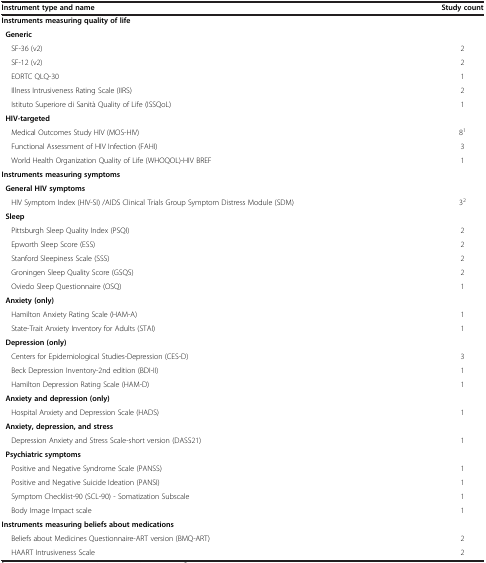
<table><thead><tr><td><b>Instrument type and name</b></td><td><b>Study count</b></td></tr></thead><tbody><tr><td><b>Instruments measuring quality of life</b></td><td> </td></tr><tr><td> <b>Generic</b></td><td> </td></tr><tr><td>SF-36 (v2)</td><td>2</td></tr><tr><td>SF-12 (v2)</td><td>2</td></tr><tr><td>EORTC QLQ-30</td><td>1</td></tr><tr><td>Illness Intrusiveness Rating Scale (IIRS)</td><td>2</td></tr><tr><td>Istituto Superiore di Sanità Quality of Life (ISSQoL)</td><td>1</td></tr><tr><td> <b>HIV-targeted</b></td><td> </td></tr><tr><td>Medical Outcomes Study HIV (MOS-HIV)</td><td>8<sup>1</sup></td></tr><tr><td>Functional Assessment of HIV Infection (FAHI)</td><td>3</td></tr><tr><td>World Health Organization Quality of Life (WHOQOL)-HIV BREF</td><td>1</td></tr><tr><td><b>Instruments measuring symptoms</b></td><td> </td></tr><tr><td> <b>General HIV symptoms</b></td><td> </td></tr><tr><td>HIV Symptom Index (HIV-SI) /AIDS Clinical Trials Group Symptom Distress Module (SDM)</td><td>3<sup>2</sup></td></tr><tr><td> <b>Sleep</b></td><td> </td></tr><tr><td>Pittsburgh Sleep Quality Index (PSQI)</td><td>2</td></tr><tr><td>Epworth Sleep Score (ESS)</td><td>2</td></tr><tr><td>Stanford Sleepiness Scale (SSS)</td><td>2</td></tr><tr><td>Groningen Sleep Quality Score (GSQS)</td><td>2</td></tr><tr><td>Oviedo Sleep Questionnaire (OSQ)</td><td>1</td></tr><tr><td> <b>Anxiety (only)</b></td><td> </td></tr><tr><td>Hamilton Anxiety Rating Scale (HAM-A)</td><td>1</td></tr><tr><td>State-Trait Anxiety Inventory for Adults (STAI)</td><td>1</td></tr><tr><td> <b>Depression (only)</b></td><td> </td></tr><tr><td>Centers for Epidemiological Studies-Depression (CES-D)</td><td>3</td></tr><tr><td>Beck Depression Inventory-2nd edition (BDI-II)</td><td>1</td></tr><tr><td>Hamilton Depression Rating Scale (HAM-D)</td><td>1</td></tr><tr><td> <b>Anxiety and depression (only)</b></td><td> </td></tr><tr><td>Hospital Anxiety and Depression Scale (HADS)</td><td>1</td></tr><tr><td> <b>Anxiety, depression, and stress</b></td><td> </td></tr><tr><td>Depression Anxiety and Stress Scale-short version (DASS21)</td><td>1</td></tr><tr><td> <b>Psychiatric symptoms</b></td><td> </td></tr><tr><td>Positive and Negative Syndrome Scale (PANSS)</td><td>1</td></tr><tr><td>Positive and Negative Suicide Ideation (PANSI)</td><td>1</td></tr><tr><td>Symptom Checklist-90 (SCL-90) - Somatization Subscale</td><td>1</td></tr><tr><td>Body Image Impact scale</td><td>1</td></tr><tr><td><b>Instruments measuring beliefs about medications</b></td><td> </td></tr><tr><td>Beliefs about Medicines Questionnaire-ART version (BMQ-ART)</td><td>2</td></tr><tr><td>HAART Intrusiveness Scale</td><td>2</td></tr></tbody></table>